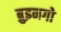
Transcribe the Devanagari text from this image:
ब्रुइनगो